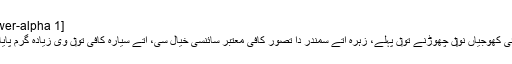
[lower-alpha 1]
خلیائی کھوجیاں نو‏‏ں چھوڑنے تو‏ں پہلے، زہرہ اُتے سمندر دا تصور کافی معتبر سائنسی خیال سی، اُتے سیارہ کافی تو‏ں وی زیادہ گرم پایا گیا۔